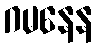
ဂမနေန